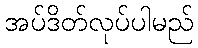
အပ်ဒိတ်လုပ်ပါမည်